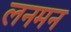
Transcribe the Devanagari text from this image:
लनमन